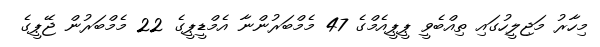
މިހާރު މަޖިލީހުގައި ތިއްބެވީ ޕީޕީއެމްގެ 47 މެމްބަރުންނާ އެމްޑީޕީގެ 22 މެމްބަރުން ޖޭޕީގެ